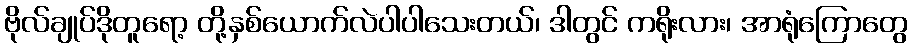
ဗိုလ်ချုပ်ဒိုတူရော့ တို့နှစ်ယောက်လဲပါပါသေးတယ်၊ ဒါတွင် ကရိုးလား၊ အာရုံကြောတွေ